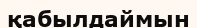
қабылдаймын